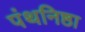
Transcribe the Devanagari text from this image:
पंथनिष्ठा